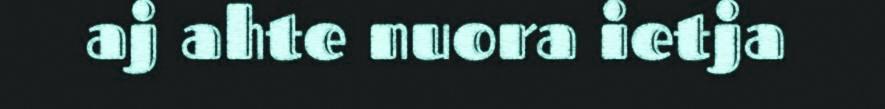
aj ahte nuora ietja